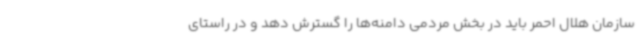
سازمان هلال احمر باید در بخش مردمی دامنه‌ها را گسترش دهد و در راستای